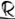
Text: R